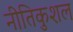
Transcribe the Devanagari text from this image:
नीतिकुशल